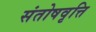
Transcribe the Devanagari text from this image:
संतोषवृत्ति